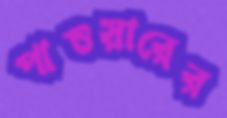
পাওয়ারের